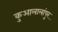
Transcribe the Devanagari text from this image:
कुआलालांपुर